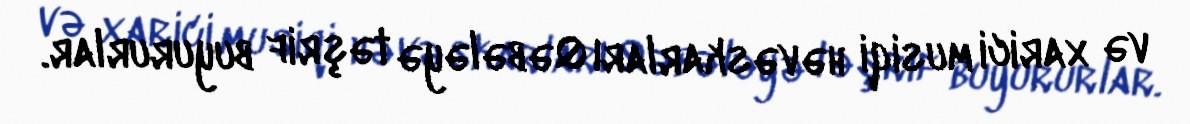
və xarici musiqi həvəskarları Qəbələyə təşrif buyururlar.